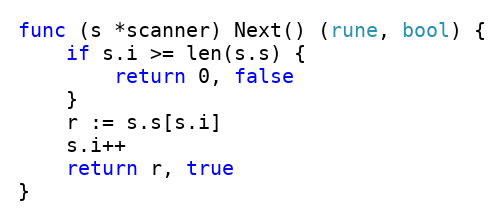
Language: Go
func (s *scanner) Next() (rune, bool) {
	if s.i >= len(s.s) {
		return 0, false
	}
	r := s.s[s.i]
	s.i++
	return r, true
}